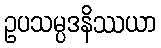
ဥပသမ္ပဒနိဿယာ